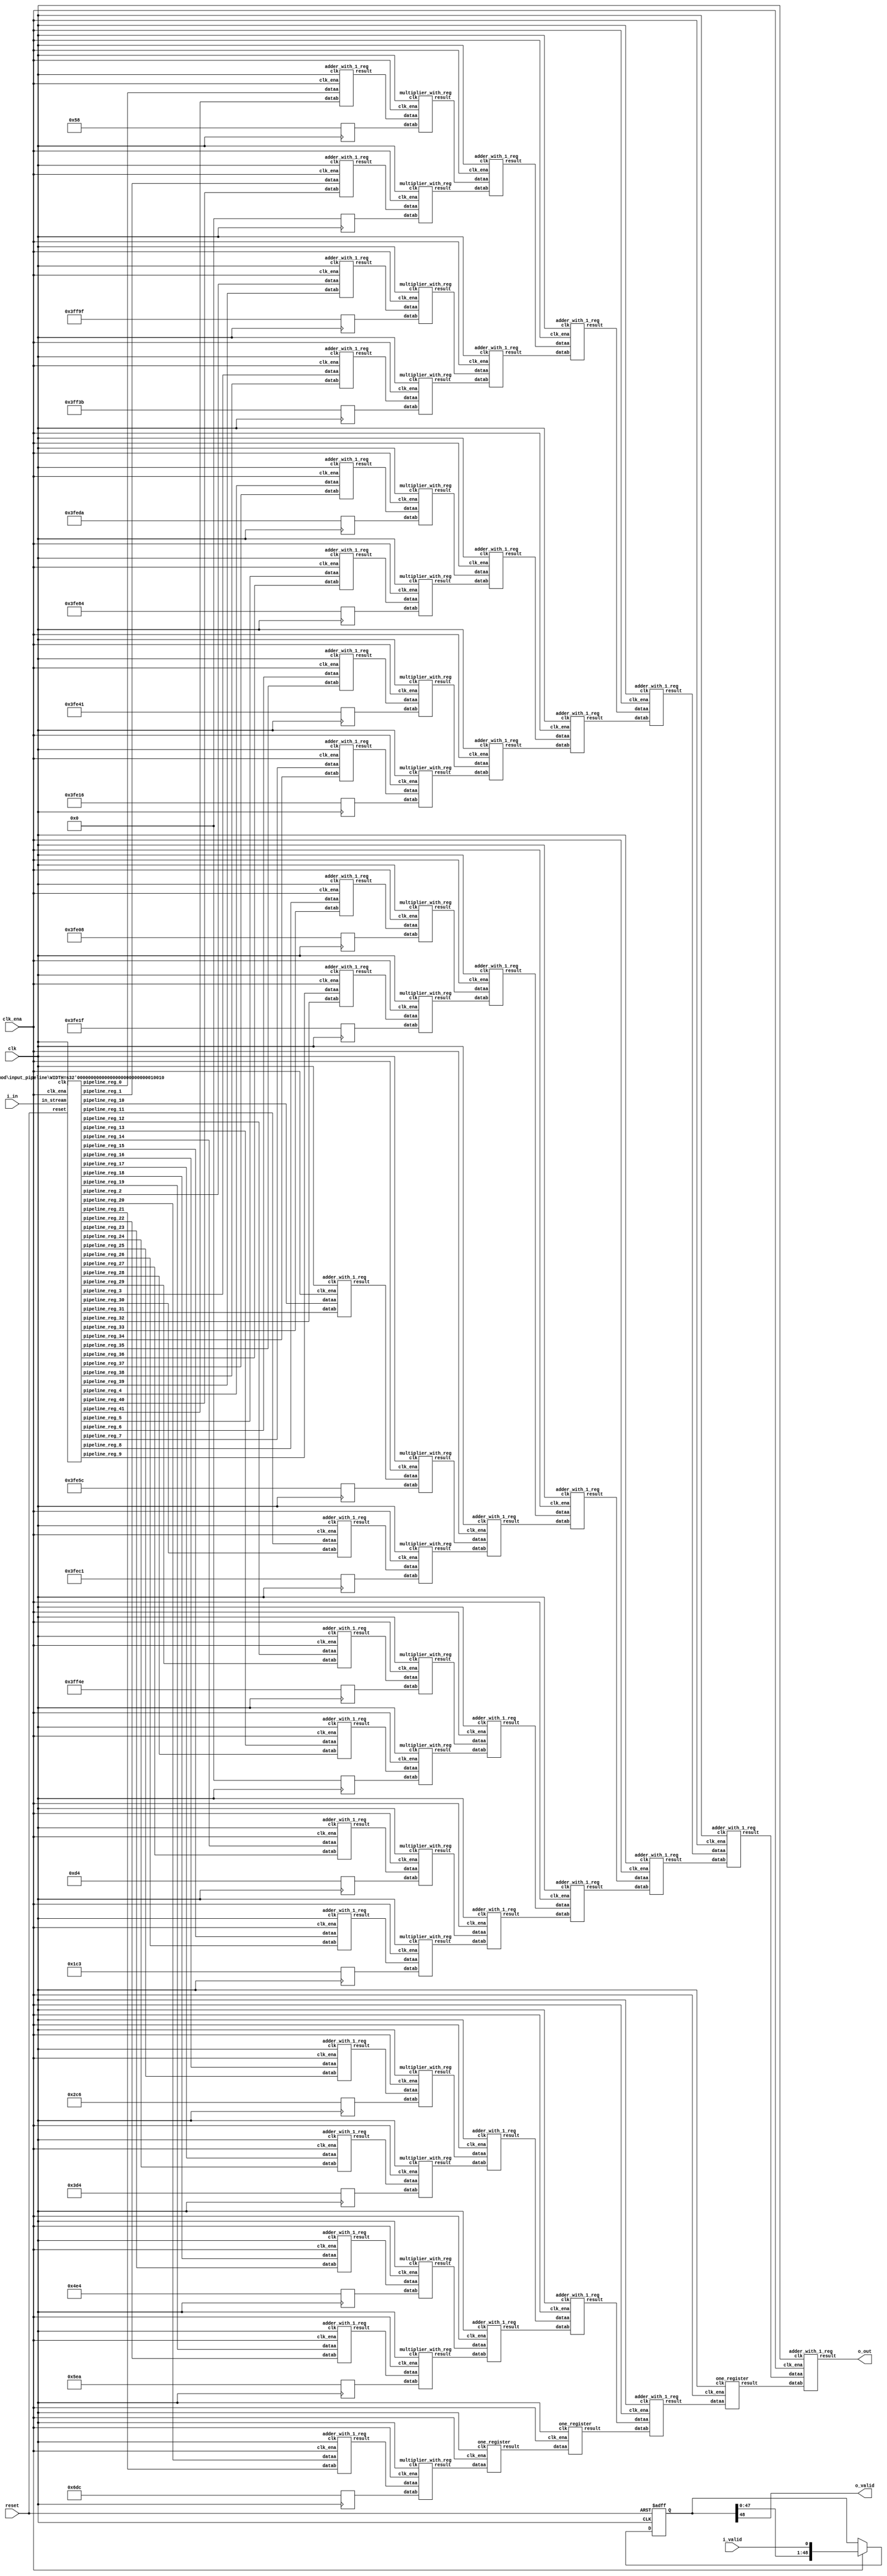
// CONFIG:
// NUM_COEFF = 42
// PIPLINED = 1

// WARNING: more than enough COEFFICIENTS in array (there are 26, and we only need 21)
module fir (
	clk,
	reset,
	clk_ena,
	i_valid,
	i_in,
	o_valid,
	o_out
);
	// Data Width
	parameter dw = 18; //Data input/output bits

	// Number of filter coefficients
	parameter N = 42;
	parameter N_UNIQ = 21; // ciel(N/2) assuming symmetric filter coefficients

	//Number of extra valid cycles needed to align output (i.e. computation pipeline depth + input/output registers
	localparam N_VALID_REGS = 49;

	input clk;
	input reset;
	input clk_ena;
	input i_valid;
	input [dw-1:0] i_in; // signed
	output o_valid;
	output [dw-1:0] o_out; // signed

	// Data Width dervied parameters
	localparam dw_add_int = 18; //Internal adder precision bits
	localparam dw_mult_int = 36; //Internal multiplier precision bits
	localparam scale_factor = 17; //Multiplier normalization shift amount

	// Number of extra registers in INPUT_PIPELINE_REG to prevent contention for CHAIN_END's chain adders
	localparam N_INPUT_REGS = 42;

	// Debug
	// initial begin
	// 	$display ("Data Width: %d", dw);
	// 	$display ("Data Width Add Internal: %d", dw_add_int);
	// 	$display ("Data Width Mult Internal: %d", dw_mult_int);
	// 	$display ("Scale Factor: %d", scale_factor);
	// end

	reg [dw-1:0] COEFFICIENT_0;
	reg [dw-1:0] COEFFICIENT_1;
	reg [dw-1:0] COEFFICIENT_2;
	reg [dw-1:0] COEFFICIENT_3;
	reg [dw-1:0] COEFFICIENT_4;
	reg [dw-1:0] COEFFICIENT_5;
	reg [dw-1:0] COEFFICIENT_6;
	reg [dw-1:0] COEFFICIENT_7;
	reg [dw-1:0] COEFFICIENT_8;
	reg [dw-1:0] COEFFICIENT_9;
	reg [dw-1:0] COEFFICIENT_10;
	reg [dw-1:0] COEFFICIENT_11;
	reg [dw-1:0] COEFFICIENT_12;
	reg [dw-1:0] COEFFICIENT_13;
	reg [dw-1:0] COEFFICIENT_14;
	reg [dw-1:0] COEFFICIENT_15;
	reg [dw-1:0] COEFFICIENT_16;
	reg [dw-1:0] COEFFICIENT_17;
	reg [dw-1:0] COEFFICIENT_18;
	reg [dw-1:0] COEFFICIENT_19;
	reg [dw-1:0] COEFFICIENT_20;

	always@(posedge clk) begin
		COEFFICIENT_0 <= 18'd88;
		COEFFICIENT_1 <= 18'd0;
		COEFFICIENT_2 <= -18'd97;
		COEFFICIENT_3 <= -18'd197;
		COEFFICIENT_4 <= -18'd294;
		COEFFICIENT_5 <= -18'd380;
		COEFFICIENT_6 <= -18'd447;
		COEFFICIENT_7 <= -18'd490;
		COEFFICIENT_8 <= -18'd504;
		COEFFICIENT_9 <= -18'd481;
		COEFFICIENT_10 <= -18'd420;
		COEFFICIENT_11 <= -18'd319;
		COEFFICIENT_12 <= -18'd178;
		COEFFICIENT_13 <= 18'd0;
		COEFFICIENT_14 <= 18'd212;
		COEFFICIENT_15 <= 18'd451;
		COEFFICIENT_16 <= 18'd710;
		COEFFICIENT_17 <= 18'd980;
		COEFFICIENT_18 <= 18'd1252;
		COEFFICIENT_19 <= 18'd1514;
		COEFFICIENT_20 <= 18'd1756;
	end

	////******************************************************
	// *
	// * Valid Delay Pipeline
	// *
	// *****************************************************
	//Input valid signal is pipelined to become output valid signal

	//Valid registers
	reg [N_VALID_REGS-1:0] VALID_PIPELINE_REGS;

	always@(posedge clk or posedge reset) begin
		if(reset) begin
			VALID_PIPELINE_REGS <= 0;
		end else begin
			if(clk_ena) begin
				VALID_PIPELINE_REGS <= {VALID_PIPELINE_REGS[N_VALID_REGS-2:0], i_valid};
			end else begin
				VALID_PIPELINE_REGS <= VALID_PIPELINE_REGS;
			end
		end
	end

	////******************************************************
	// *
	// * Input Register Pipeline
	// *
	// *****************************************************
	//Pipelined input values

	//Input value registers

	wire [dw-1:0] INPUT_PIPELINE_REG_0;
	wire [dw-1:0] INPUT_PIPELINE_REG_1;
	wire [dw-1:0] INPUT_PIPELINE_REG_2;
	wire [dw-1:0] INPUT_PIPELINE_REG_3;
	wire [dw-1:0] INPUT_PIPELINE_REG_4;
	wire [dw-1:0] INPUT_PIPELINE_REG_5;
	wire [dw-1:0] INPUT_PIPELINE_REG_6;
	wire [dw-1:0] INPUT_PIPELINE_REG_7;
	wire [dw-1:0] INPUT_PIPELINE_REG_8;
	wire [dw-1:0] INPUT_PIPELINE_REG_9;
	wire [dw-1:0] INPUT_PIPELINE_REG_10;
	wire [dw-1:0] INPUT_PIPELINE_REG_11;
	wire [dw-1:0] INPUT_PIPELINE_REG_12;
	wire [dw-1:0] INPUT_PIPELINE_REG_13;
	wire [dw-1:0] INPUT_PIPELINE_REG_14;
	wire [dw-1:0] INPUT_PIPELINE_REG_15;
	wire [dw-1:0] INPUT_PIPELINE_REG_16;
	wire [dw-1:0] INPUT_PIPELINE_REG_17;
	wire [dw-1:0] INPUT_PIPELINE_REG_18;
	wire [dw-1:0] INPUT_PIPELINE_REG_19;
	wire [dw-1:0] INPUT_PIPELINE_REG_20;
	wire [dw-1:0] INPUT_PIPELINE_REG_21;
	wire [dw-1:0] INPUT_PIPELINE_REG_22;
	wire [dw-1:0] INPUT_PIPELINE_REG_23;
	wire [dw-1:0] INPUT_PIPELINE_REG_24;
	wire [dw-1:0] INPUT_PIPELINE_REG_25;
	wire [dw-1:0] INPUT_PIPELINE_REG_26;
	wire [dw-1:0] INPUT_PIPELINE_REG_27;
	wire [dw-1:0] INPUT_PIPELINE_REG_28;
	wire [dw-1:0] INPUT_PIPELINE_REG_29;
	wire [dw-1:0] INPUT_PIPELINE_REG_30;
	wire [dw-1:0] INPUT_PIPELINE_REG_31;
	wire [dw-1:0] INPUT_PIPELINE_REG_32;
	wire [dw-1:0] INPUT_PIPELINE_REG_33;
	wire [dw-1:0] INPUT_PIPELINE_REG_34;
	wire [dw-1:0] INPUT_PIPELINE_REG_35;
	wire [dw-1:0] INPUT_PIPELINE_REG_36;
	wire [dw-1:0] INPUT_PIPELINE_REG_37;
	wire [dw-1:0] INPUT_PIPELINE_REG_38;
	wire [dw-1:0] INPUT_PIPELINE_REG_39;
	wire [dw-1:0] INPUT_PIPELINE_REG_40;
	wire [dw-1:0] INPUT_PIPELINE_REG_41;

	input_pipeline in_pipe(
		.clk(clk), .clk_ena(clk_ena),
		.in_stream(i_in),
		.pipeline_reg_0(INPUT_PIPELINE_REG_0),
		.pipeline_reg_1(INPUT_PIPELINE_REG_1),
		.pipeline_reg_2(INPUT_PIPELINE_REG_2),
		.pipeline_reg_3(INPUT_PIPELINE_REG_3),
		.pipeline_reg_4(INPUT_PIPELINE_REG_4),
		.pipeline_reg_5(INPUT_PIPELINE_REG_5),
		.pipeline_reg_6(INPUT_PIPELINE_REG_6),
		.pipeline_reg_7(INPUT_PIPELINE_REG_7),
		.pipeline_reg_8(INPUT_PIPELINE_REG_8),
		.pipeline_reg_9(INPUT_PIPELINE_REG_9),
		.pipeline_reg_10(INPUT_PIPELINE_REG_10),
		.pipeline_reg_11(INPUT_PIPELINE_REG_11),
		.pipeline_reg_12(INPUT_PIPELINE_REG_12),
		.pipeline_reg_13(INPUT_PIPELINE_REG_13),
		.pipeline_reg_14(INPUT_PIPELINE_REG_14),
		.pipeline_reg_15(INPUT_PIPELINE_REG_15),
		.pipeline_reg_16(INPUT_PIPELINE_REG_16),
		.pipeline_reg_17(INPUT_PIPELINE_REG_17),
		.pipeline_reg_18(INPUT_PIPELINE_REG_18),
		.pipeline_reg_19(INPUT_PIPELINE_REG_19),
		.pipeline_reg_20(INPUT_PIPELINE_REG_20),
		.pipeline_reg_21(INPUT_PIPELINE_REG_21),
		.pipeline_reg_22(INPUT_PIPELINE_REG_22),
		.pipeline_reg_23(INPUT_PIPELINE_REG_23),
		.pipeline_reg_24(INPUT_PIPELINE_REG_24),
		.pipeline_reg_25(INPUT_PIPELINE_REG_25),
		.pipeline_reg_26(INPUT_PIPELINE_REG_26),
		.pipeline_reg_27(INPUT_PIPELINE_REG_27),
		.pipeline_reg_28(INPUT_PIPELINE_REG_28),
		.pipeline_reg_29(INPUT_PIPELINE_REG_29),
		.pipeline_reg_30(INPUT_PIPELINE_REG_30),
		.pipeline_reg_31(INPUT_PIPELINE_REG_31),
		.pipeline_reg_32(INPUT_PIPELINE_REG_32),
		.pipeline_reg_33(INPUT_PIPELINE_REG_33),
		.pipeline_reg_34(INPUT_PIPELINE_REG_34),
		.pipeline_reg_35(INPUT_PIPELINE_REG_35),
		.pipeline_reg_36(INPUT_PIPELINE_REG_36),
		.pipeline_reg_37(INPUT_PIPELINE_REG_37),
		.pipeline_reg_38(INPUT_PIPELINE_REG_38),
		.pipeline_reg_39(INPUT_PIPELINE_REG_39),
		.pipeline_reg_40(INPUT_PIPELINE_REG_40),
		.pipeline_reg_41(INPUT_PIPELINE_REG_41),
		.reset(reset)	);
	defparam in_pipe.WIDTH = 18; // = dw
	////******************************************************
	// *
	// * Computation Pipeline
	// *
	// *****************************************************

	// ************************* LEVEL 0 *************************   
	wire [dw-1:0] L0_output_wires_0;
	wire [dw-1:0] L0_output_wires_1;
	wire [dw-1:0] L0_output_wires_2;
	wire [dw-1:0] L0_output_wires_3;
	wire [dw-1:0] L0_output_wires_4;
	wire [dw-1:0] L0_output_wires_5;
	wire [dw-1:0] L0_output_wires_6;
	wire [dw-1:0] L0_output_wires_7;
	wire [dw-1:0] L0_output_wires_8;
	wire [dw-1:0] L0_output_wires_9;
	wire [dw-1:0] L0_output_wires_10;
	wire [dw-1:0] L0_output_wires_11;
	wire [dw-1:0] L0_output_wires_12;
	wire [dw-1:0] L0_output_wires_13;
	wire [dw-1:0] L0_output_wires_14;
	wire [dw-1:0] L0_output_wires_15;
	wire [dw-1:0] L0_output_wires_16;
	wire [dw-1:0] L0_output_wires_17;
	wire [dw-1:0] L0_output_wires_18;
	wire [dw-1:0] L0_output_wires_19;
	wire [dw-1:0] L0_output_wires_20;

	adder_with_1_reg L0_adder_0and41(
		.clk(clk), .clk_ena(clk_ena),
		.dataa (INPUT_PIPELINE_REG_0),
		.datab (INPUT_PIPELINE_REG_41),
		.result(L0_output_wires_0)
	);

	adder_with_1_reg L0_adder_1and40(
		.clk(clk), .clk_ena(clk_ena),
		.dataa (INPUT_PIPELINE_REG_1),
		.datab (INPUT_PIPELINE_REG_40),
		.result(L0_output_wires_1)
	);

	adder_with_1_reg L0_adder_2and39(
		.clk(clk), .clk_ena(clk_ena),
		.dataa (INPUT_PIPELINE_REG_2),
		.datab (INPUT_PIPELINE_REG_39),
		.result(L0_output_wires_2)
	);

	adder_with_1_reg L0_adder_3and38(
		.clk(clk), .clk_ena(clk_ena),
		.dataa (INPUT_PIPELINE_REG_3),
		.datab (INPUT_PIPELINE_REG_38),
		.result(L0_output_wires_3)
	);

	adder_with_1_reg L0_adder_4and37(
		.clk(clk), .clk_ena(clk_ena),
		.dataa (INPUT_PIPELINE_REG_4),
		.datab (INPUT_PIPELINE_REG_37),
		.result(L0_output_wires_4)
	);

	adder_with_1_reg L0_adder_5and36(
		.clk(clk), .clk_ena(clk_ena),
		.dataa (INPUT_PIPELINE_REG_5),
		.datab (INPUT_PIPELINE_REG_36),
		.result(L0_output_wires_5)
	);

	adder_with_1_reg L0_adder_6and35(
		.clk(clk), .clk_ena(clk_ena),
		.dataa (INPUT_PIPELINE_REG_6),
		.datab (INPUT_PIPELINE_REG_35),
		.result(L0_output_wires_6)
	);

	adder_with_1_reg L0_adder_7and34(
		.clk(clk), .clk_ena(clk_ena),
		.dataa (INPUT_PIPELINE_REG_7),
		.datab (INPUT_PIPELINE_REG_34),
		.result(L0_output_wires_7)
	);

	adder_with_1_reg L0_adder_8and33(
		.clk(clk), .clk_ena(clk_ena),
		.dataa (INPUT_PIPELINE_REG_8),
		.datab (INPUT_PIPELINE_REG_33),
		.result(L0_output_wires_8)
	);

	adder_with_1_reg L0_adder_9and32(
		.clk(clk), .clk_ena(clk_ena),
		.dataa (INPUT_PIPELINE_REG_9),
		.datab (INPUT_PIPELINE_REG_32),
		.result(L0_output_wires_9)
	);

	adder_with_1_reg L0_adder_10and31(
		.clk(clk), .clk_ena(clk_ena),
		.dataa (INPUT_PIPELINE_REG_10),
		.datab (INPUT_PIPELINE_REG_31),
		.result(L0_output_wires_10)
	);

	adder_with_1_reg L0_adder_11and30(
		.clk(clk), .clk_ena(clk_ena),
		.dataa (INPUT_PIPELINE_REG_11),
		.datab (INPUT_PIPELINE_REG_30),
		.result(L0_output_wires_11)
	);

	adder_with_1_reg L0_adder_12and29(
		.clk(clk), .clk_ena(clk_ena),
		.dataa (INPUT_PIPELINE_REG_12),
		.datab (INPUT_PIPELINE_REG_29),
		.result(L0_output_wires_12)
	);

	adder_with_1_reg L0_adder_13and28(
		.clk(clk), .clk_ena(clk_ena),
		.dataa (INPUT_PIPELINE_REG_13),
		.datab (INPUT_PIPELINE_REG_28),
		.result(L0_output_wires_13)
	);

	adder_with_1_reg L0_adder_14and27(
		.clk(clk), .clk_ena(clk_ena),
		.dataa (INPUT_PIPELINE_REG_14),
		.datab (INPUT_PIPELINE_REG_27),
		.result(L0_output_wires_14)
	);

	adder_with_1_reg L0_adder_15and26(
		.clk(clk), .clk_ena(clk_ena),
		.dataa (INPUT_PIPELINE_REG_15),
		.datab (INPUT_PIPELINE_REG_26),
		.result(L0_output_wires_15)
	);

	adder_with_1_reg L0_adder_16and25(
		.clk(clk), .clk_ena(clk_ena),
		.dataa (INPUT_PIPELINE_REG_16),
		.datab (INPUT_PIPELINE_REG_25),
		.result(L0_output_wires_16)
	);

	adder_with_1_reg L0_adder_17and24(
		.clk(clk), .clk_ena(clk_ena),
		.dataa (INPUT_PIPELINE_REG_17),
		.datab (INPUT_PIPELINE_REG_24),
		.result(L0_output_wires_17)
	);

	adder_with_1_reg L0_adder_18and23(
		.clk(clk), .clk_ena(clk_ena),
		.dataa (INPUT_PIPELINE_REG_18),
		.datab (INPUT_PIPELINE_REG_23),
		.result(L0_output_wires_18)
	);

	adder_with_1_reg L0_adder_19and22(
		.clk(clk), .clk_ena(clk_ena),
		.dataa (INPUT_PIPELINE_REG_19),
		.datab (INPUT_PIPELINE_REG_22),
		.result(L0_output_wires_19)
	);

	adder_with_1_reg L0_adder_20and21(
		.clk(clk), .clk_ena(clk_ena),
		.dataa (INPUT_PIPELINE_REG_20),
		.datab (INPUT_PIPELINE_REG_21),
		.result(L0_output_wires_20)
	);

	// (21 main tree Adders)

	// ************************* LEVEL 1 *************************   
	// **************** Multipliers ****************   
	wire [dw-1:0] L1_mult_wires_0;
	wire [dw-1:0] L1_mult_wires_1;
	wire [dw-1:0] L1_mult_wires_2;
	wire [dw-1:0] L1_mult_wires_3;
	wire [dw-1:0] L1_mult_wires_4;
	wire [dw-1:0] L1_mult_wires_5;
	wire [dw-1:0] L1_mult_wires_6;
	wire [dw-1:0] L1_mult_wires_7;
	wire [dw-1:0] L1_mult_wires_8;
	wire [dw-1:0] L1_mult_wires_9;
	wire [dw-1:0] L1_mult_wires_10;
	wire [dw-1:0] L1_mult_wires_11;
	wire [dw-1:0] L1_mult_wires_12;
	wire [dw-1:0] L1_mult_wires_13;
	wire [dw-1:0] L1_mult_wires_14;
	wire [dw-1:0] L1_mult_wires_15;
	wire [dw-1:0] L1_mult_wires_16;
	wire [dw-1:0] L1_mult_wires_17;
	wire [dw-1:0] L1_mult_wires_18;
	wire [dw-1:0] L1_mult_wires_19;
	wire [dw-1:0] L1_mult_wires_20;

	multiplier_with_reg L1_mul_0(
		.clk(clk), .clk_ena(clk_ena),
		.dataa (L0_output_wires_0),
		.datab (COEFFICIENT_0),
		.result(L1_mult_wires_0)
	);

	multiplier_with_reg L1_mul_1(
		.clk(clk), .clk_ena(clk_ena),
		.dataa (L0_output_wires_1),
		.datab (COEFFICIENT_1),
		.result(L1_mult_wires_1)
	);

	multiplier_with_reg L1_mul_2(
		.clk(clk), .clk_ena(clk_ena),
		.dataa (L0_output_wires_2),
		.datab (COEFFICIENT_2),
		.result(L1_mult_wires_2)
	);

	multiplier_with_reg L1_mul_3(
		.clk(clk), .clk_ena(clk_ena),
		.dataa (L0_output_wires_3),
		.datab (COEFFICIENT_3),
		.result(L1_mult_wires_3)
	);

	multiplier_with_reg L1_mul_4(
		.clk(clk), .clk_ena(clk_ena),
		.dataa (L0_output_wires_4),
		.datab (COEFFICIENT_4),
		.result(L1_mult_wires_4)
	);

	multiplier_with_reg L1_mul_5(
		.clk(clk), .clk_ena(clk_ena),
		.dataa (L0_output_wires_5),
		.datab (COEFFICIENT_5),
		.result(L1_mult_wires_5)
	);

	multiplier_with_reg L1_mul_6(
		.clk(clk), .clk_ena(clk_ena),
		.dataa (L0_output_wires_6),
		.datab (COEFFICIENT_6),
		.result(L1_mult_wires_6)
	);

	multiplier_with_reg L1_mul_7(
		.clk(clk), .clk_ena(clk_ena),
		.dataa (L0_output_wires_7),
		.datab (COEFFICIENT_7),
		.result(L1_mult_wires_7)
	);

	multiplier_with_reg L1_mul_8(
		.clk(clk), .clk_ena(clk_ena),
		.dataa (L0_output_wires_8),
		.datab (COEFFICIENT_8),
		.result(L1_mult_wires_8)
	);

	multiplier_with_reg L1_mul_9(
		.clk(clk), .clk_ena(clk_ena),
		.dataa (L0_output_wires_9),
		.datab (COEFFICIENT_9),
		.result(L1_mult_wires_9)
	);

	multiplier_with_reg L1_mul_10(
		.clk(clk), .clk_ena(clk_ena),
		.dataa (L0_output_wires_10),
		.datab (COEFFICIENT_10),
		.result(L1_mult_wires_10)
	);

	multiplier_with_reg L1_mul_11(
		.clk(clk), .clk_ena(clk_ena),
		.dataa (L0_output_wires_11),
		.datab (COEFFICIENT_11),
		.result(L1_mult_wires_11)
	);

	multiplier_with_reg L1_mul_12(
		.clk(clk), .clk_ena(clk_ena),
		.dataa (L0_output_wires_12),
		.datab (COEFFICIENT_12),
		.result(L1_mult_wires_12)
	);

	multiplier_with_reg L1_mul_13(
		.clk(clk), .clk_ena(clk_ena),
		.dataa (L0_output_wires_13),
		.datab (COEFFICIENT_13),
		.result(L1_mult_wires_13)
	);

	multiplier_with_reg L1_mul_14(
		.clk(clk), .clk_ena(clk_ena),
		.dataa (L0_output_wires_14),
		.datab (COEFFICIENT_14),
		.result(L1_mult_wires_14)
	);

	multiplier_with_reg L1_mul_15(
		.clk(clk), .clk_ena(clk_ena),
		.dataa (L0_output_wires_15),
		.datab (COEFFICIENT_15),
		.result(L1_mult_wires_15)
	);

	multiplier_with_reg L1_mul_16(
		.clk(clk), .clk_ena(clk_ena),
		.dataa (L0_output_wires_16),
		.datab (COEFFICIENT_16),
		.result(L1_mult_wires_16)
	);

	multiplier_with_reg L1_mul_17(
		.clk(clk), .clk_ena(clk_ena),
		.dataa (L0_output_wires_17),
		.datab (COEFFICIENT_17),
		.result(L1_mult_wires_17)
	);

	multiplier_with_reg L1_mul_18(
		.clk(clk), .clk_ena(clk_ena),
		.dataa (L0_output_wires_18),
		.datab (COEFFICIENT_18),
		.result(L1_mult_wires_18)
	);

	multiplier_with_reg L1_mul_19(
		.clk(clk), .clk_ena(clk_ena),
		.dataa (L0_output_wires_19),
		.datab (COEFFICIENT_19),
		.result(L1_mult_wires_19)
	);

	multiplier_with_reg L1_mul_20(
		.clk(clk), .clk_ena(clk_ena),
		.dataa (L0_output_wires_20),
		.datab (COEFFICIENT_20),
		.result(L1_mult_wires_20)
	);

	// (21 Multipliers)

	// **************** Adders ****************   
	wire [dw-1:0] L1_output_wires_0;
	wire [dw-1:0] L1_output_wires_1;
	wire [dw-1:0] L1_output_wires_2;
	wire [dw-1:0] L1_output_wires_3;
	wire [dw-1:0] L1_output_wires_4;
	wire [dw-1:0] L1_output_wires_5;
	wire [dw-1:0] L1_output_wires_6;
	wire [dw-1:0] L1_output_wires_7;
	wire [dw-1:0] L1_output_wires_8;
	wire [dw-1:0] L1_output_wires_9;
	wire [dw-1:0] L1_output_wires_10;

	adder_with_1_reg L1_adder_0and1(
		.clk(clk), .clk_ena(clk_ena),
		.dataa (L1_mult_wires_0),
		.datab (L1_mult_wires_1),
		.result(L1_output_wires_0)
	);

	adder_with_1_reg L1_adder_2and3(
		.clk(clk), .clk_ena(clk_ena),
		.dataa (L1_mult_wires_2),
		.datab (L1_mult_wires_3),
		.result(L1_output_wires_1)
	);

	adder_with_1_reg L1_adder_4and5(
		.clk(clk), .clk_ena(clk_ena),
		.dataa (L1_mult_wires_4),
		.datab (L1_mult_wires_5),
		.result(L1_output_wires_2)
	);

	adder_with_1_reg L1_adder_6and7(
		.clk(clk), .clk_ena(clk_ena),
		.dataa (L1_mult_wires_6),
		.datab (L1_mult_wires_7),
		.result(L1_output_wires_3)
	);

	adder_with_1_reg L1_adder_8and9(
		.clk(clk), .clk_ena(clk_ena),
		.dataa (L1_mult_wires_8),
		.datab (L1_mult_wires_9),
		.result(L1_output_wires_4)
	);

	adder_with_1_reg L1_adder_10and11(
		.clk(clk), .clk_ena(clk_ena),
		.dataa (L1_mult_wires_10),
		.datab (L1_mult_wires_11),
		.result(L1_output_wires_5)
	);

	adder_with_1_reg L1_adder_12and13(
		.clk(clk), .clk_ena(clk_ena),
		.dataa (L1_mult_wires_12),
		.datab (L1_mult_wires_13),
		.result(L1_output_wires_6)
	);

	adder_with_1_reg L1_adder_14and15(
		.clk(clk), .clk_ena(clk_ena),
		.dataa (L1_mult_wires_14),
		.datab (L1_mult_wires_15),
		.result(L1_output_wires_7)
	);

	adder_with_1_reg L1_adder_16and17(
		.clk(clk), .clk_ena(clk_ena),
		.dataa (L1_mult_wires_16),
		.datab (L1_mult_wires_17),
		.result(L1_output_wires_8)
	);

	adder_with_1_reg L1_adder_18and19(
		.clk(clk), .clk_ena(clk_ena),
		.dataa (L1_mult_wires_18),
		.datab (L1_mult_wires_19),
		.result(L1_output_wires_9)
	);

	// (10 main tree Adders)

	// ********* Byes ********   
	one_register L1_byereg_for_20(
		.clk(clk), .clk_ena(clk_ena),
		.dataa (L1_mult_wires_20),
		.result(L1_output_wires_10)
	);

	// (1 byes)

	// ************************* LEVEL 2 *************************   
	wire [dw-1:0] L2_output_wires_0;
	wire [dw-1:0] L2_output_wires_1;
	wire [dw-1:0] L2_output_wires_2;
	wire [dw-1:0] L2_output_wires_3;
	wire [dw-1:0] L2_output_wires_4;
	wire [dw-1:0] L2_output_wires_5;

	adder_with_1_reg L2_adder_0and1(
		.clk(clk), .clk_ena(clk_ena),
		.dataa (L1_output_wires_0),
		.datab (L1_output_wires_1),
		.result(L2_output_wires_0)
	);

	adder_with_1_reg L2_adder_2and3(
		.clk(clk), .clk_ena(clk_ena),
		.dataa (L1_output_wires_2),
		.datab (L1_output_wires_3),
		.result(L2_output_wires_1)
	);

	adder_with_1_reg L2_adder_4and5(
		.clk(clk), .clk_ena(clk_ena),
		.dataa (L1_output_wires_4),
		.datab (L1_output_wires_5),
		.result(L2_output_wires_2)
	);

	adder_with_1_reg L2_adder_6and7(
		.clk(clk), .clk_ena(clk_ena),
		.dataa (L1_output_wires_6),
		.datab (L1_output_wires_7),
		.result(L2_output_wires_3)
	);

	adder_with_1_reg L2_adder_8and9(
		.clk(clk), .clk_ena(clk_ena),
		.dataa (L1_output_wires_8),
		.datab (L1_output_wires_9),
		.result(L2_output_wires_4)
	);

	// (5 main tree Adders)

	// ********* Byes ********   
	one_register L2_byereg_for_10(
		.clk(clk), .clk_ena(clk_ena),
		.dataa (L1_output_wires_10),
		.result(L2_output_wires_5)
	);

	// (1 byes)

	// ************************* LEVEL 3 *************************   
	wire [dw-1:0] L3_output_wires_0;
	wire [dw-1:0] L3_output_wires_1;
	wire [dw-1:0] L3_output_wires_2;

	adder_with_1_reg L3_adder_0and1(
		.clk(clk), .clk_ena(clk_ena),
		.dataa (L2_output_wires_0),
		.datab (L2_output_wires_1),
		.result(L3_output_wires_0)
	);

	adder_with_1_reg L3_adder_2and3(
		.clk(clk), .clk_ena(clk_ena),
		.dataa (L2_output_wires_2),
		.datab (L2_output_wires_3),
		.result(L3_output_wires_1)
	);

	adder_with_1_reg L3_adder_4and5(
		.clk(clk), .clk_ena(clk_ena),
		.dataa (L2_output_wires_4),
		.datab (L2_output_wires_5),
		.result(L3_output_wires_2)
	);

	// (3 main tree Adders)

	// ************************* LEVEL 4 *************************   
	wire [dw-1:0] L4_output_wires_0;
	wire [dw-1:0] L4_output_wires_1;

	adder_with_1_reg L4_adder_0and1(
		.clk(clk), .clk_ena(clk_ena),
		.dataa (L3_output_wires_0),
		.datab (L3_output_wires_1),
		.result(L4_output_wires_0)
	);

	// (1 main tree Adders)

	// ********* Byes ********   
	one_register L4_byereg_for_2(
		.clk(clk), .clk_ena(clk_ena),
		.dataa (L3_output_wires_2),
		.result(L4_output_wires_1)
	);

	// (1 byes)

	// ************************* LEVEL 5 *************************   
	wire [dw-1:0] L5_output_wires_0;

	adder_with_1_reg L5_adder_0and1(
		.clk(clk), .clk_ena(clk_ena),
		.dataa (L4_output_wires_0),
		.datab (L4_output_wires_1),
		.result(L5_output_wires_0)
	);

	// (1 main tree Adders)

	////******************************************************
	// *
	// * Output Logic
	// *
	// *****************************************************
	//Actual outputs
	assign o_out = L5_output_wires_0;

	assign o_valid = VALID_PIPELINE_REGS[N_VALID_REGS-1];

endmodule


module input_pipeline (
	clk,
	clk_ena,
	in_stream,
	pipeline_reg_0,
	pipeline_reg_1,
	pipeline_reg_2,
	pipeline_reg_3,
	pipeline_reg_4,
	pipeline_reg_5,
	pipeline_reg_6,
	pipeline_reg_7,
	pipeline_reg_8,
	pipeline_reg_9,
	pipeline_reg_10,
	pipeline_reg_11,
	pipeline_reg_12,
	pipeline_reg_13,
	pipeline_reg_14,
	pipeline_reg_15,
	pipeline_reg_16,
	pipeline_reg_17,
	pipeline_reg_18,
	pipeline_reg_19,
	pipeline_reg_20,
	pipeline_reg_21,
	pipeline_reg_22,
	pipeline_reg_23,
	pipeline_reg_24,
	pipeline_reg_25,
	pipeline_reg_26,
	pipeline_reg_27,
	pipeline_reg_28,
	pipeline_reg_29,
	pipeline_reg_30,
	pipeline_reg_31,
	pipeline_reg_32,
	pipeline_reg_33,
	pipeline_reg_34,
	pipeline_reg_35,
	pipeline_reg_36,
	pipeline_reg_37,
	pipeline_reg_38,
	pipeline_reg_39,
	pipeline_reg_40,
	pipeline_reg_41,
	reset);
	parameter WIDTH = 1;
	//Input value registers
	input clk;
	input clk_ena;
	input [WIDTH-1:0] in_stream;
	output [WIDTH-1:0] pipeline_reg_0;
	output [WIDTH-1:0] pipeline_reg_1;
	output [WIDTH-1:0] pipeline_reg_2;
	output [WIDTH-1:0] pipeline_reg_3;
	output [WIDTH-1:0] pipeline_reg_4;
	output [WIDTH-1:0] pipeline_reg_5;
	output [WIDTH-1:0] pipeline_reg_6;
	output [WIDTH-1:0] pipeline_reg_7;
	output [WIDTH-1:0] pipeline_reg_8;
	output [WIDTH-1:0] pipeline_reg_9;
	output [WIDTH-1:0] pipeline_reg_10;
	output [WIDTH-1:0] pipeline_reg_11;
	output [WIDTH-1:0] pipeline_reg_12;
	output [WIDTH-1:0] pipeline_reg_13;
	output [WIDTH-1:0] pipeline_reg_14;
	output [WIDTH-1:0] pipeline_reg_15;
	output [WIDTH-1:0] pipeline_reg_16;
	output [WIDTH-1:0] pipeline_reg_17;
	output [WIDTH-1:0] pipeline_reg_18;
	output [WIDTH-1:0] pipeline_reg_19;
	output [WIDTH-1:0] pipeline_reg_20;
	output [WIDTH-1:0] pipeline_reg_21;
	output [WIDTH-1:0] pipeline_reg_22;
	output [WIDTH-1:0] pipeline_reg_23;
	output [WIDTH-1:0] pipeline_reg_24;
	output [WIDTH-1:0] pipeline_reg_25;
	output [WIDTH-1:0] pipeline_reg_26;
	output [WIDTH-1:0] pipeline_reg_27;
	output [WIDTH-1:0] pipeline_reg_28;
	output [WIDTH-1:0] pipeline_reg_29;
	output [WIDTH-1:0] pipeline_reg_30;
	output [WIDTH-1:0] pipeline_reg_31;
	output [WIDTH-1:0] pipeline_reg_32;
	output [WIDTH-1:0] pipeline_reg_33;
	output [WIDTH-1:0] pipeline_reg_34;
	output [WIDTH-1:0] pipeline_reg_35;
	output [WIDTH-1:0] pipeline_reg_36;
	output [WIDTH-1:0] pipeline_reg_37;
	output [WIDTH-1:0] pipeline_reg_38;
	output [WIDTH-1:0] pipeline_reg_39;
	output [WIDTH-1:0] pipeline_reg_40;
	output [WIDTH-1:0] pipeline_reg_41;
	reg [WIDTH-1:0] pipeline_reg_0;
	reg [WIDTH-1:0] pipeline_reg_1;
	reg [WIDTH-1:0] pipeline_reg_2;
	reg [WIDTH-1:0] pipeline_reg_3;
	reg [WIDTH-1:0] pipeline_reg_4;
	reg [WIDTH-1:0] pipeline_reg_5;
	reg [WIDTH-1:0] pipeline_reg_6;
	reg [WIDTH-1:0] pipeline_reg_7;
	reg [WIDTH-1:0] pipeline_reg_8;
	reg [WIDTH-1:0] pipeline_reg_9;
	reg [WIDTH-1:0] pipeline_reg_10;
	reg [WIDTH-1:0] pipeline_reg_11;
	reg [WIDTH-1:0] pipeline_reg_12;
	reg [WIDTH-1:0] pipeline_reg_13;
	reg [WIDTH-1:0] pipeline_reg_14;
	reg [WIDTH-1:0] pipeline_reg_15;
	reg [WIDTH-1:0] pipeline_reg_16;
	reg [WIDTH-1:0] pipeline_reg_17;
	reg [WIDTH-1:0] pipeline_reg_18;
	reg [WIDTH-1:0] pipeline_reg_19;
	reg [WIDTH-1:0] pipeline_reg_20;
	reg [WIDTH-1:0] pipeline_reg_21;
	reg [WIDTH-1:0] pipeline_reg_22;
	reg [WIDTH-1:0] pipeline_reg_23;
	reg [WIDTH-1:0] pipeline_reg_24;
	reg [WIDTH-1:0] pipeline_reg_25;
	reg [WIDTH-1:0] pipeline_reg_26;
	reg [WIDTH-1:0] pipeline_reg_27;
	reg [WIDTH-1:0] pipeline_reg_28;
	reg [WIDTH-1:0] pipeline_reg_29;
	reg [WIDTH-1:0] pipeline_reg_30;
	reg [WIDTH-1:0] pipeline_reg_31;
	reg [WIDTH-1:0] pipeline_reg_32;
	reg [WIDTH-1:0] pipeline_reg_33;
	reg [WIDTH-1:0] pipeline_reg_34;
	reg [WIDTH-1:0] pipeline_reg_35;
	reg [WIDTH-1:0] pipeline_reg_36;
	reg [WIDTH-1:0] pipeline_reg_37;
	reg [WIDTH-1:0] pipeline_reg_38;
	reg [WIDTH-1:0] pipeline_reg_39;
	reg [WIDTH-1:0] pipeline_reg_40;
	reg [WIDTH-1:0] pipeline_reg_41;
	input reset;

	always@(posedge clk or posedge reset) begin
		if(reset) begin
			pipeline_reg_0 <= 0;
			pipeline_reg_1 <= 0;
			pipeline_reg_2 <= 0;
			pipeline_reg_3 <= 0;
			pipeline_reg_4 <= 0;
			pipeline_reg_5 <= 0;
			pipeline_reg_6 <= 0;
			pipeline_reg_7 <= 0;
			pipeline_reg_8 <= 0;
			pipeline_reg_9 <= 0;
			pipeline_reg_10 <= 0;
			pipeline_reg_11 <= 0;
			pipeline_reg_12 <= 0;
			pipeline_reg_13 <= 0;
			pipeline_reg_14 <= 0;
			pipeline_reg_15 <= 0;
			pipeline_reg_16 <= 0;
			pipeline_reg_17 <= 0;
			pipeline_reg_18 <= 0;
			pipeline_reg_19 <= 0;
			pipeline_reg_20 <= 0;
			pipeline_reg_21 <= 0;
			pipeline_reg_22 <= 0;
			pipeline_reg_23 <= 0;
			pipeline_reg_24 <= 0;
			pipeline_reg_25 <= 0;
			pipeline_reg_26 <= 0;
			pipeline_reg_27 <= 0;
			pipeline_reg_28 <= 0;
			pipeline_reg_29 <= 0;
			pipeline_reg_30 <= 0;
			pipeline_reg_31 <= 0;
			pipeline_reg_32 <= 0;
			pipeline_reg_33 <= 0;
			pipeline_reg_34 <= 0;
			pipeline_reg_35 <= 0;
			pipeline_reg_36 <= 0;
			pipeline_reg_37 <= 0;
			pipeline_reg_38 <= 0;
			pipeline_reg_39 <= 0;
			pipeline_reg_40 <= 0;
			pipeline_reg_41 <= 0;
		end else begin
			if(clk_ena) begin
				pipeline_reg_0 <= in_stream;
				pipeline_reg_1 <= pipeline_reg_0;
				pipeline_reg_2 <= pipeline_reg_1;
				pipeline_reg_3 <= pipeline_reg_2;
				pipeline_reg_4 <= pipeline_reg_3;
				pipeline_reg_5 <= pipeline_reg_4;
				pipeline_reg_6 <= pipeline_reg_5;
				pipeline_reg_7 <= pipeline_reg_6;
				pipeline_reg_8 <= pipeline_reg_7;
				pipeline_reg_9 <= pipeline_reg_8;
				pipeline_reg_10 <= pipeline_reg_9;
				pipeline_reg_11 <= pipeline_reg_10;
				pipeline_reg_12 <= pipeline_reg_11;
				pipeline_reg_13 <= pipeline_reg_12;
				pipeline_reg_14 <= pipeline_reg_13;
				pipeline_reg_15 <= pipeline_reg_14;
				pipeline_reg_16 <= pipeline_reg_15;
				pipeline_reg_17 <= pipeline_reg_16;
				pipeline_reg_18 <= pipeline_reg_17;
				pipeline_reg_19 <= pipeline_reg_18;
				pipeline_reg_20 <= pipeline_reg_19;
				pipeline_reg_21 <= pipeline_reg_20;
				pipeline_reg_22 <= pipeline_reg_21;
				pipeline_reg_23 <= pipeline_reg_22;
				pipeline_reg_24 <= pipeline_reg_23;
				pipeline_reg_25 <= pipeline_reg_24;
				pipeline_reg_26 <= pipeline_reg_25;
				pipeline_reg_27 <= pipeline_reg_26;
				pipeline_reg_28 <= pipeline_reg_27;
				pipeline_reg_29 <= pipeline_reg_28;
				pipeline_reg_30 <= pipeline_reg_29;
				pipeline_reg_31 <= pipeline_reg_30;
				pipeline_reg_32 <= pipeline_reg_31;
				pipeline_reg_33 <= pipeline_reg_32;
				pipeline_reg_34 <= pipeline_reg_33;
				pipeline_reg_35 <= pipeline_reg_34;
				pipeline_reg_36 <= pipeline_reg_35;
				pipeline_reg_37 <= pipeline_reg_36;
				pipeline_reg_38 <= pipeline_reg_37;
				pipeline_reg_39 <= pipeline_reg_38;
				pipeline_reg_40 <= pipeline_reg_39;
				pipeline_reg_41 <= pipeline_reg_40;
			end //else begin
				//pipeline_reg_0 <= pipeline_reg_0;
				//pipeline_reg_1 <= pipeline_reg_1;
				//pipeline_reg_2 <= pipeline_reg_2;
				//pipeline_reg_3 <= pipeline_reg_3;
				//pipeline_reg_4 <= pipeline_reg_4;
				//pipeline_reg_5 <= pipeline_reg_5;
				//pipeline_reg_6 <= pipeline_reg_6;
				//pipeline_reg_7 <= pipeline_reg_7;
				//pipeline_reg_8 <= pipeline_reg_8;
				//pipeline_reg_9 <= pipeline_reg_9;
				//pipeline_reg_10 <= pipeline_reg_10;
				//pipeline_reg_11 <= pipeline_reg_11;
				//pipeline_reg_12 <= pipeline_reg_12;
				//pipeline_reg_13 <= pipeline_reg_13;
				//pipeline_reg_14 <= pipeline_reg_14;
				//pipeline_reg_15 <= pipeline_reg_15;
				//pipeline_reg_16 <= pipeline_reg_16;
				//pipeline_reg_17 <= pipeline_reg_17;
				//pipeline_reg_18 <= pipeline_reg_18;
				//pipeline_reg_19 <= pipeline_reg_19;
				//pipeline_reg_20 <= pipeline_reg_20;
				//pipeline_reg_21 <= pipeline_reg_21;
				//pipeline_reg_22 <= pipeline_reg_22;
				//pipeline_reg_23 <= pipeline_reg_23;
				//pipeline_reg_24 <= pipeline_reg_24;
				//pipeline_reg_25 <= pipeline_reg_25;
				//pipeline_reg_26 <= pipeline_reg_26;
				//pipeline_reg_27 <= pipeline_reg_27;
				//pipeline_reg_28 <= pipeline_reg_28;
				//pipeline_reg_29 <= pipeline_reg_29;
				//pipeline_reg_30 <= pipeline_reg_30;
				//pipeline_reg_31 <= pipeline_reg_31;
				//pipeline_reg_32 <= pipeline_reg_32;
				//pipeline_reg_33 <= pipeline_reg_33;
				//pipeline_reg_34 <= pipeline_reg_34;
				//pipeline_reg_35 <= pipeline_reg_35;
				//pipeline_reg_36 <= pipeline_reg_36;
				//pipeline_reg_37 <= pipeline_reg_37;
				//pipeline_reg_38 <= pipeline_reg_38;
				//pipeline_reg_39 <= pipeline_reg_39;
				//pipeline_reg_40 <= pipeline_reg_40;
				//pipeline_reg_41 <= pipeline_reg_41;
			//end
		end
	end
endmodule


module adder_with_1_reg (
	clk,
	clk_ena,
	dataa,
	datab,
	result);

	input	  clk;
	input	  clk_ena;
	input	[17:0]  dataa;
	input	[17:0]  datab;
	output	[17:0]  result;

	reg     [17:0]  result;

	always @(posedge clk) begin
		if(clk_ena) begin
			result <= dataa + datab;
		end
	end

endmodule


module multiplier_with_reg (
	clk,
	clk_ena,
	dataa,
	datab,
	result);

	input	  clk;
	input	  clk_ena;
	input	[17:0]  dataa;
	input	[17:0]  datab;
	output	[17:0]  result;

	reg     [17:0]  result;

	always @(posedge clk) begin
		if(clk_ena) begin
			result <= dataa * datab;
		end
	end

endmodule


module one_register (
	clk,
	clk_ena,
	dataa,
	result);

	input	  clk;
	input	  clk_ena;
	input	[17:0]  dataa;
	output	[17:0]  result;

	reg     [17:0]  result;

	always @(posedge clk) begin
		if(clk_ena) begin
			result <= dataa;
		end
	end

endmodule